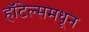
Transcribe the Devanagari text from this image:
हॉटेल्समधून